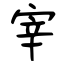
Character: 宰